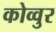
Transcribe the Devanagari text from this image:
कोव्वुर